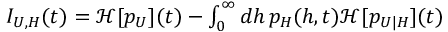
\begin{array} { r } { I _ { U , H } ( t ) = \mathcal { H } [ p _ { U } ] ( t ) - \int _ { 0 } ^ { \infty } d h \, p _ { H } ( h , t ) \mathcal { H } [ p _ { U | H } ] ( t ) } \end{array}